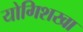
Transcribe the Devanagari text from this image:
योगिशखा